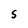
Character: 5